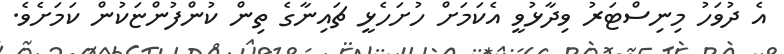
އެ ދުވަހު މިނިސްޓަރު ވިދާޅުވީ އެކަމަށް ހުށަހެޅީ ޗައިނާގެ ތިން ކުންފުންޏަކުން ކަމަށެވެ.